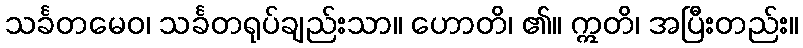
သင်္ခတမေဝ၊ သင်္ခတရုပ်ချည်းသာ။ ဟောတိ၊ ၏။ ဣတိ၊ အပြီးတည်း။